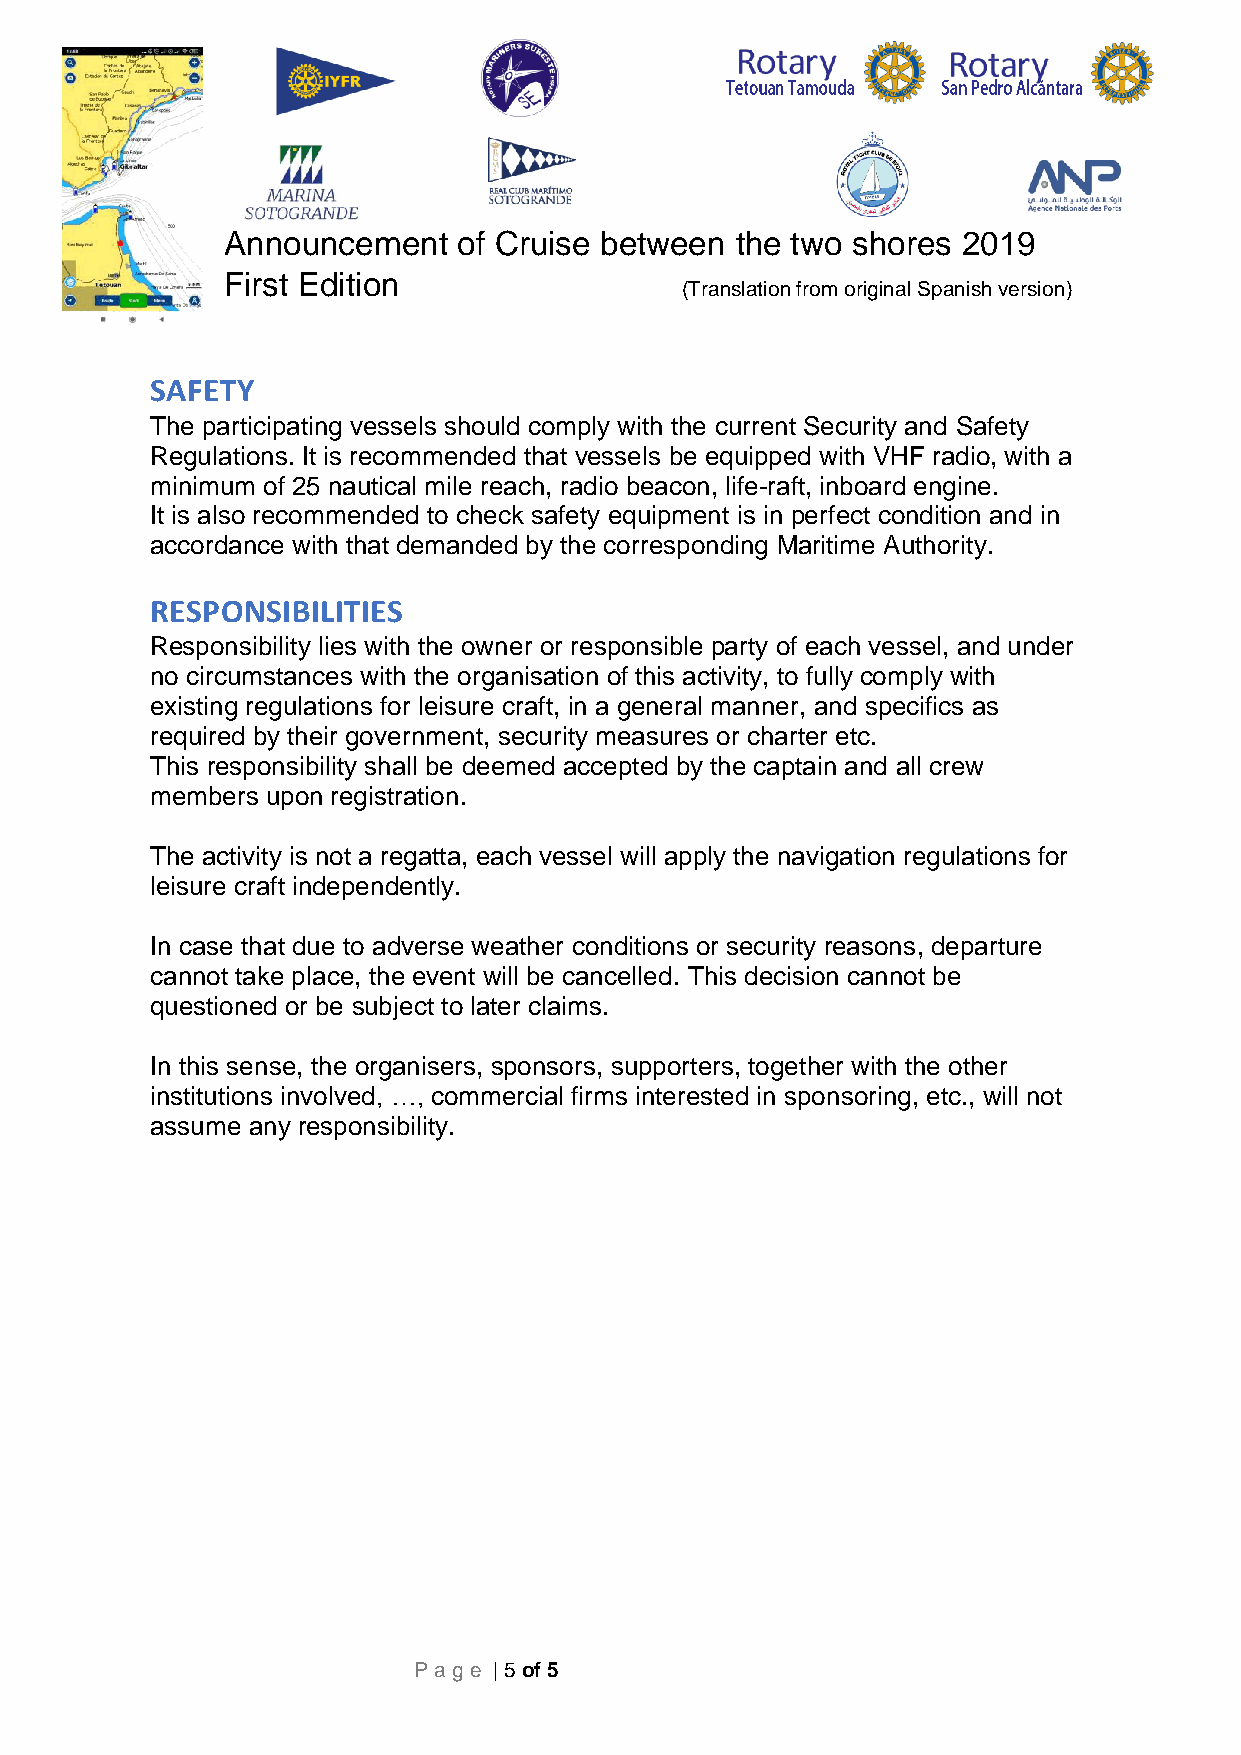
Announcement   of Cruise between  the two shores 2019
 First Edition
 (Translation from original Spanish version)
 SAFETY
 The participating vessels should comply with the current Security and Safety
 Regulations. It is recommended that vessels be equipped with VHF radio, with a
 minimum of 25 nautical mile reach, radio beacon, life-raft, inboard engine.
 It is also recommended to check safety equipment is in perfect condition and in
 accordance with that demanded by the corresponding Maritime Authority.
 RESPONSIBILITIES
 Responsibility lies with the owner or responsible party of each vessel, and under
 no circumstances with the organisation of this activity, to fully comply with
 existing regulations for leisure craft, in a general manner, and specifics as
 required by their government, security measures or charter etc.
 This responsibility shall be deemed accepted by the captain and all crew
 members upon registration.
 The activity is not a regatta, each vessel will apply the navigation regulations for
 leisure craft independently.
 In case that due to adverse weather conditions or security reasons, departure
 cannot take place, the event will be cancelled. This decision cannot be
 questioned or be subject to later claims.
 In this sense, the organisers, sponsors, supporters, together with the other
 institutions involved, …, commercial firms interested in sponsoring, etc., will not
 assume any responsibility.
 Pag e | 5 of 5